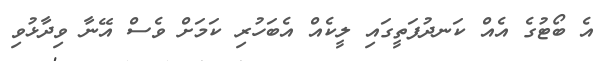
އެ ބޯޓުގެ އެއް ކަނދުފަތީގައި ލީކެއް އެބަހުރި ކަމަށް ވެސް އޭނާ ވިދާޅުވި